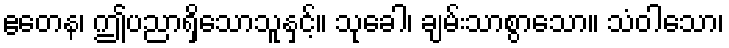
ဧတေန၊ ဤပညာရှိသောသူနှင့်။ သုခေါ၊ ချမ်းသာစွာသော။ သံဝါသော၊